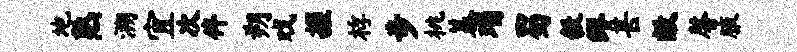
地熟溯宜次侔朔戏握桴步桃蓁瑙蜀毅缪甚敝馨腋